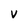
Character: V